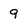
Character: 9